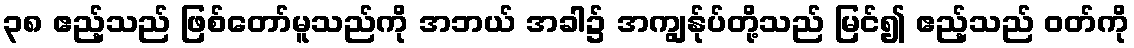
၃၈ ဧည့်သည် ဖြစ်တော်မူသည်ကို အဘယ် အခါ၌ အကျွန်ုပ်တို့သည် မြင်၍ ဧည့်သည် ဝတ်ကို